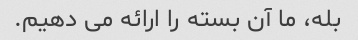
بله، ما آن بسته را ارائه می دهیم.